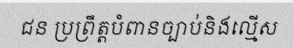
ជន ប្រព្រឹត្តបំពានច្បាប់និងល្មើស